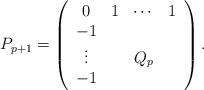
LaTeX: \begin{align*}P_{p+1} = \left(\begin{array}{ccccccc} 0 & 1 & \cdots &1 \\ -1 & {} & {} &{} \\ \vdots & {} & Q_{p} &{} \\ -1 & {} & {} &{} \\\end{array}\right).\end{align*}